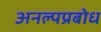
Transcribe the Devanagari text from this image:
अनल्पप्रबोध